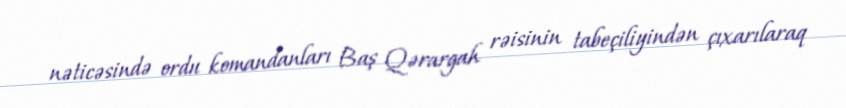
nəticəsində ordu komandanları Baş Qərargah rəisinin tabeçiliyindən çıxarılaraq